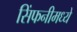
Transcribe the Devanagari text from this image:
सिंफनीमध्ये